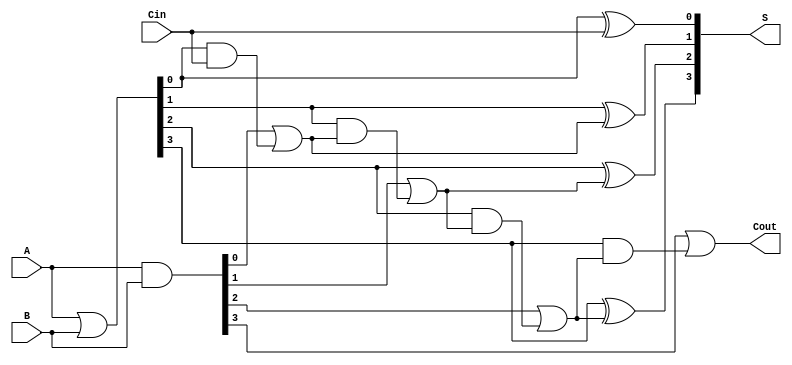
module CILA (
    input  wire [3:0] A,      // 4-bit input A
    input  wire [3:0] B,      // 4-bit input B
    input  wire Cin,          // Carry-in
    output wire [3:0] S,      // 4-bit sum output
    output wire Cout          // Carry-out
);

    // Generate and Propagate signals
    wire [3:0] G; // Generate signals
    wire [3:0] P; // Propagate signals
    wire [4:0] C; // Carry signals

    // Generate and Propagate logic
    assign G = A & B;          // G[i] = A[i] * B[i]
    assign P = A | B;          // P[i] = A[i] + B[i]

    // Carry Lookahead Logic
    assign C[0] = Cin;         // C[0] = Cin
    assign C[1] = G[0] | (P[0] & C[0]); // C[1]
    assign C[2] = G[1] | (P[1] & C[1]); // C[2]
    assign C[3] = G[2] | (P[2] & C[2]); // C[3]
    assign Cout = G[3] | (P[3] & C[3]); // Cout

    // Sum Calculation
    assign S[0] = P[0] ^ C[0]; // S[0]
    assign S[1] = P[1] ^ C[1]; // S[1]
    assign S[2] = P[2] ^ C[2]; // S[2]
    assign S[3] = P[3] ^ C[3]; // S[3]

endmodule